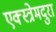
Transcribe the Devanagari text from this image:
एक्स्त्रेमदुरा